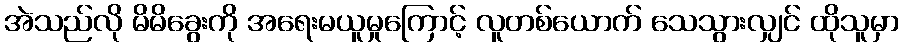
အဲသည်လို မိမိခွေးကို အရေးမယူမှုကြောင့် လူတစ်ယောက် သေသွားလျှင် ထိုသူမှာ